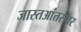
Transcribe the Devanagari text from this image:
जास्तआंतरावर